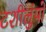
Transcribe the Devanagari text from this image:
टशीलुंपो